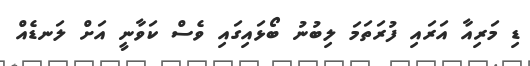
ޑި މަރިއާ އަރައި ފުރަތަމަ ލިބުނު ބޯޅައިގައި ވެސް ކަވާނީ އަށް ލަނޑެއް